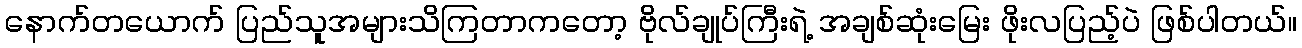
နောက်တယောက် ပြည်သူအများသိကြတာကတော့ ဗိုလ်ချုပ်ကြီးရဲ့ အချစ်ဆုံးမြေး ဖိုးလပြည့်ပဲ ဖြစ်ပါတယ်။